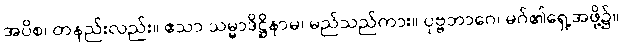
အပိစ၊ တနည်းလည်း။ ဧသာ သမ္မာဒိဋ္ဌိနာမ၊ မည်သည်ကား။ ပုဗ္ဗဘာဂေ၊ မဂ်၏ရှေ့အဖို့၌။